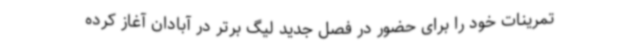
تمرینات خود را برای حضور در فصل جدید لیگ برتر در آبادان آغاز کرده